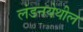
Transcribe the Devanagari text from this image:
लंडनयेथील